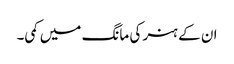
ان کے ہنر کی مانگ میں کمی۔